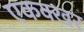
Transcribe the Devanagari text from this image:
एकक्खर